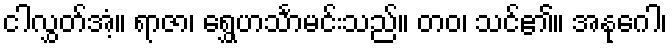
ငါလွှတ်အံ့။ ရာဇာ၊ ရွှေဟင်္သာမင်းသည်။ တဝ၊ သင်၏။ အနုဂေါ၊